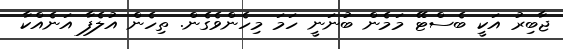
ޖާބިރު އަކީ ބެސްޓޭ މަމެން ބުނަނީ ހަމަ މިހެންވެގެން. ތިހެން އުލެފާ އަނެއްކާ